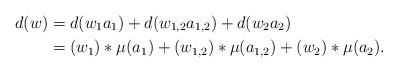
LaTeX: \begin{align*}d(w) &= d(w_1a_1) + d(w_{1,2} a_{1,2}) + d(w_2a_2)\\ &= (w_{1})*\mu(a_1) + (w_{1,2})*\mu(a_{1,2}) + (w_{2})*\mu(a_2).\end{align*}